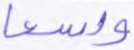
واسعا